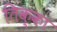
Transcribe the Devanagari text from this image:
तिक्का